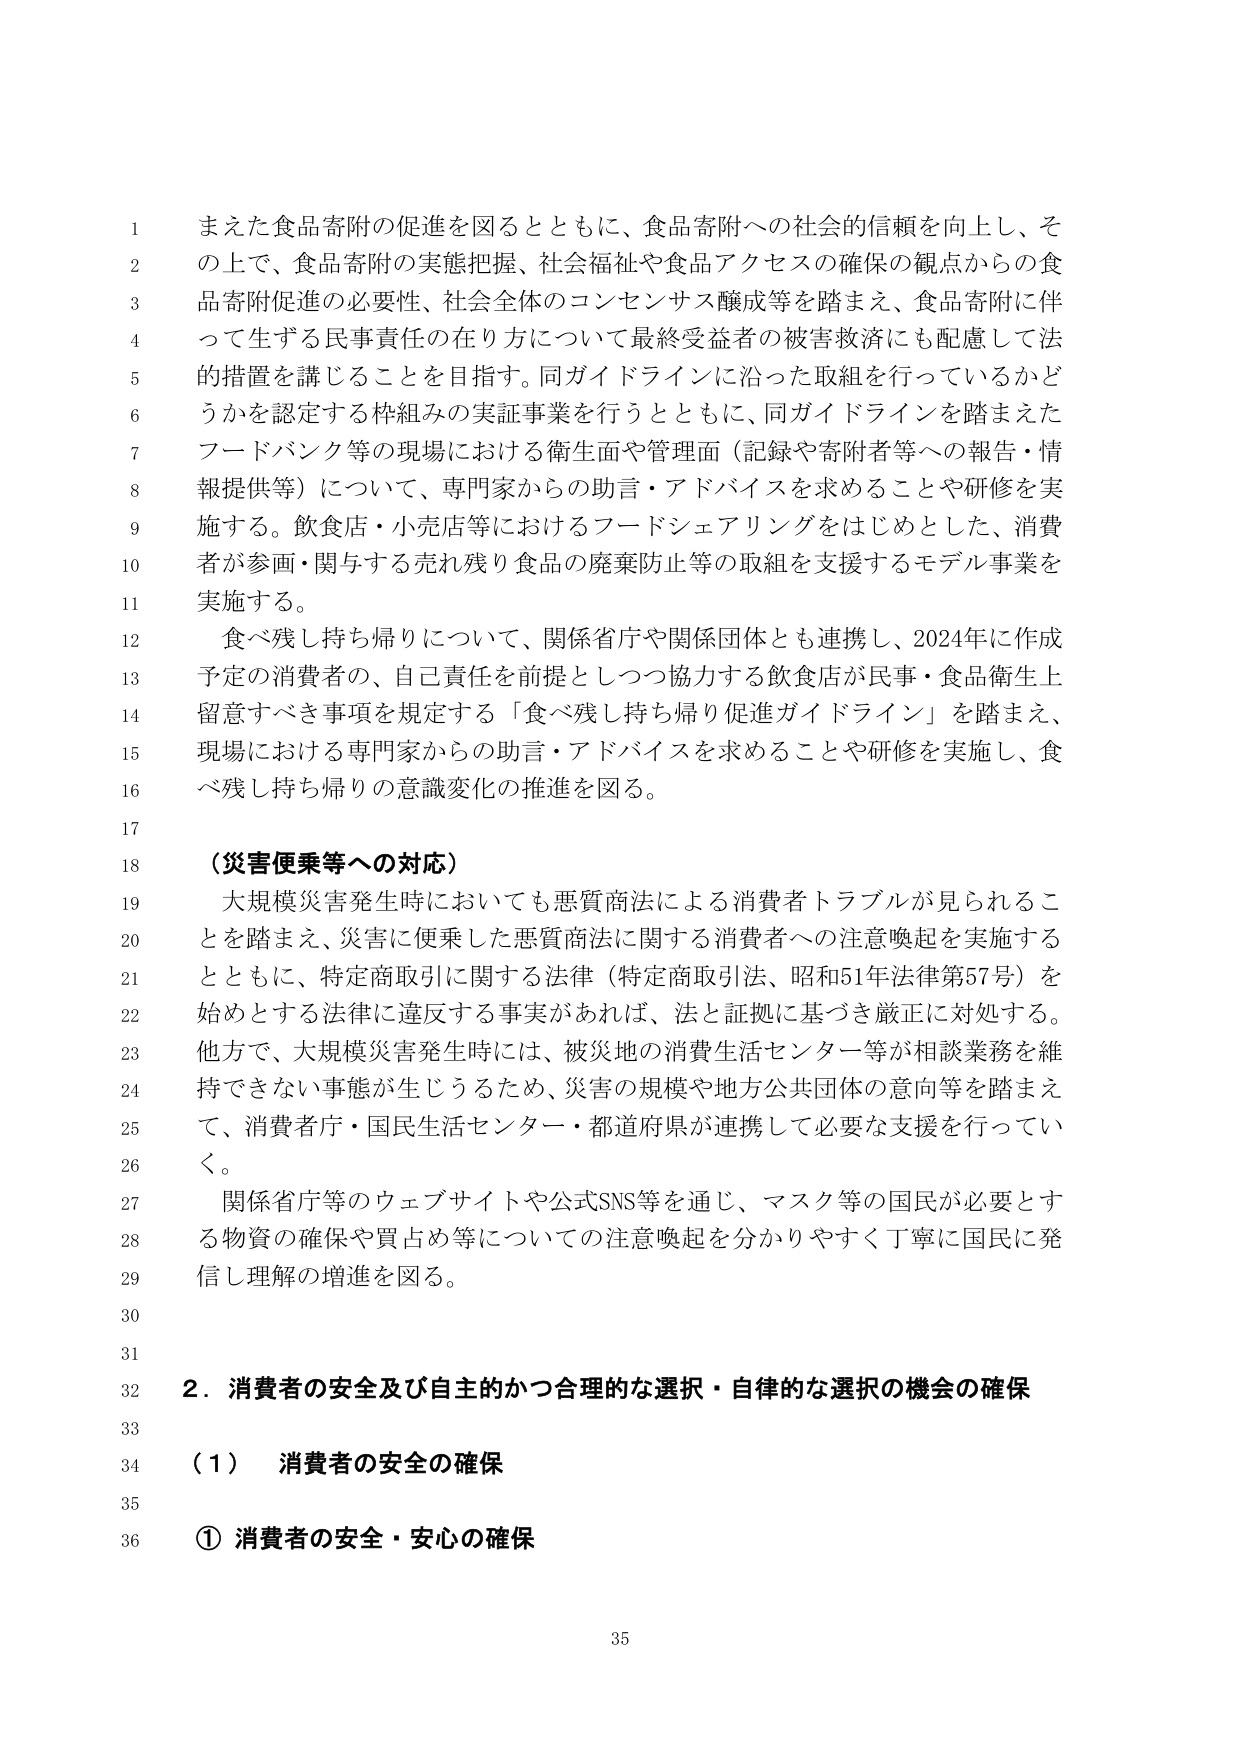
1 まえた食品寄附の促進を図るとともに、食品寄附への社会的信頼を向上し、そ
2 の上で、食品寄附の実態把握、社会福祉や食品アクセスの確保の観点からの食
3 品寄附促進の必要性、社会全体のコンセンサス醸成等を踏まえ、食品寄附に伴
4 って生ずる民事責任の在り方について最終受益者の被害救済にも配慮して法
5 的措置を講じることを目指す。同ガイドラインに沿った取組を行っているかど
6 うかを認定する枠組みの実証事業を行うとともに、同ガイドラインを踏まえた
7 フードバンク等の現場における衛生面や管理面（記録や寄附者等への報告・情
8 報提供等）について、専門家からの助言・アドバイスを求めることや研修を実
9 施する。飲食店・小売店等におけるフードシェアリングをはじめとした、消費
10 者が参画・関与する売れ残り食品の廃棄防止等の取組を支援するモデル事業を
11 実施する。
12 食べ残し持ち帰りについて、関係省庁や関係団体とも連携し、2024年に作成
13 予定の消費者の、自己責任を前提としつつ協力する飲食店が民事・食品衛生上
14 留意すべき事項を規定する「食べ残し持ち帰り促進ガイドライン」を踏まえ、
15 現場における専門家からの助言・アドバイスを求めることや研修を実施し、食
16 べ残し持ち帰りの意識変化の推進を図る。
17
18 （災害便乗等への対応）
19 大規模災害発生時においても悪質商法による消費者トラブルが見られることを踏まえ、災害に便乗した悪質商法に関する消費者への注意喚起を実施するとともに、特定商取引に関する法律（特定商取引法、昭和51年法律第57号）を
20 始めとする法律に違反する事実があれば、法と証拠に基づき厳正に対処する。
21 他方で、大規模災害発生時には、被災地の消費生活センター等が相談業務を維
22 持できない事態が生じうるため、災害の規模や地方公共団体の意向等を踏まえ
23 て、消費者庁・国民生活センター・都道府県が連携して必要な支援を行ってい
24 く。
25 関係省庁等のウェブサイトや公式SNS等を通じ、マスク等の国民が必要とする
26 物資の確保や買占め等についての注意喚起を分かりやすく丁寧に国民に発
27 信し理解の増進を図る。
28
29
30
31
32 2．消費者の安全及び自主的かつ合理的な選択・自律的な選択の機会の確保
33
34 （1） 消費者の安全の確保
35
36 ① 消費者の安全・安心の確保

35